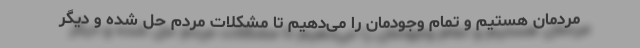
مردمان هستیم و تمام وجودمان را می‌دهیم تا مشکلات مردم حل شده و دیگر